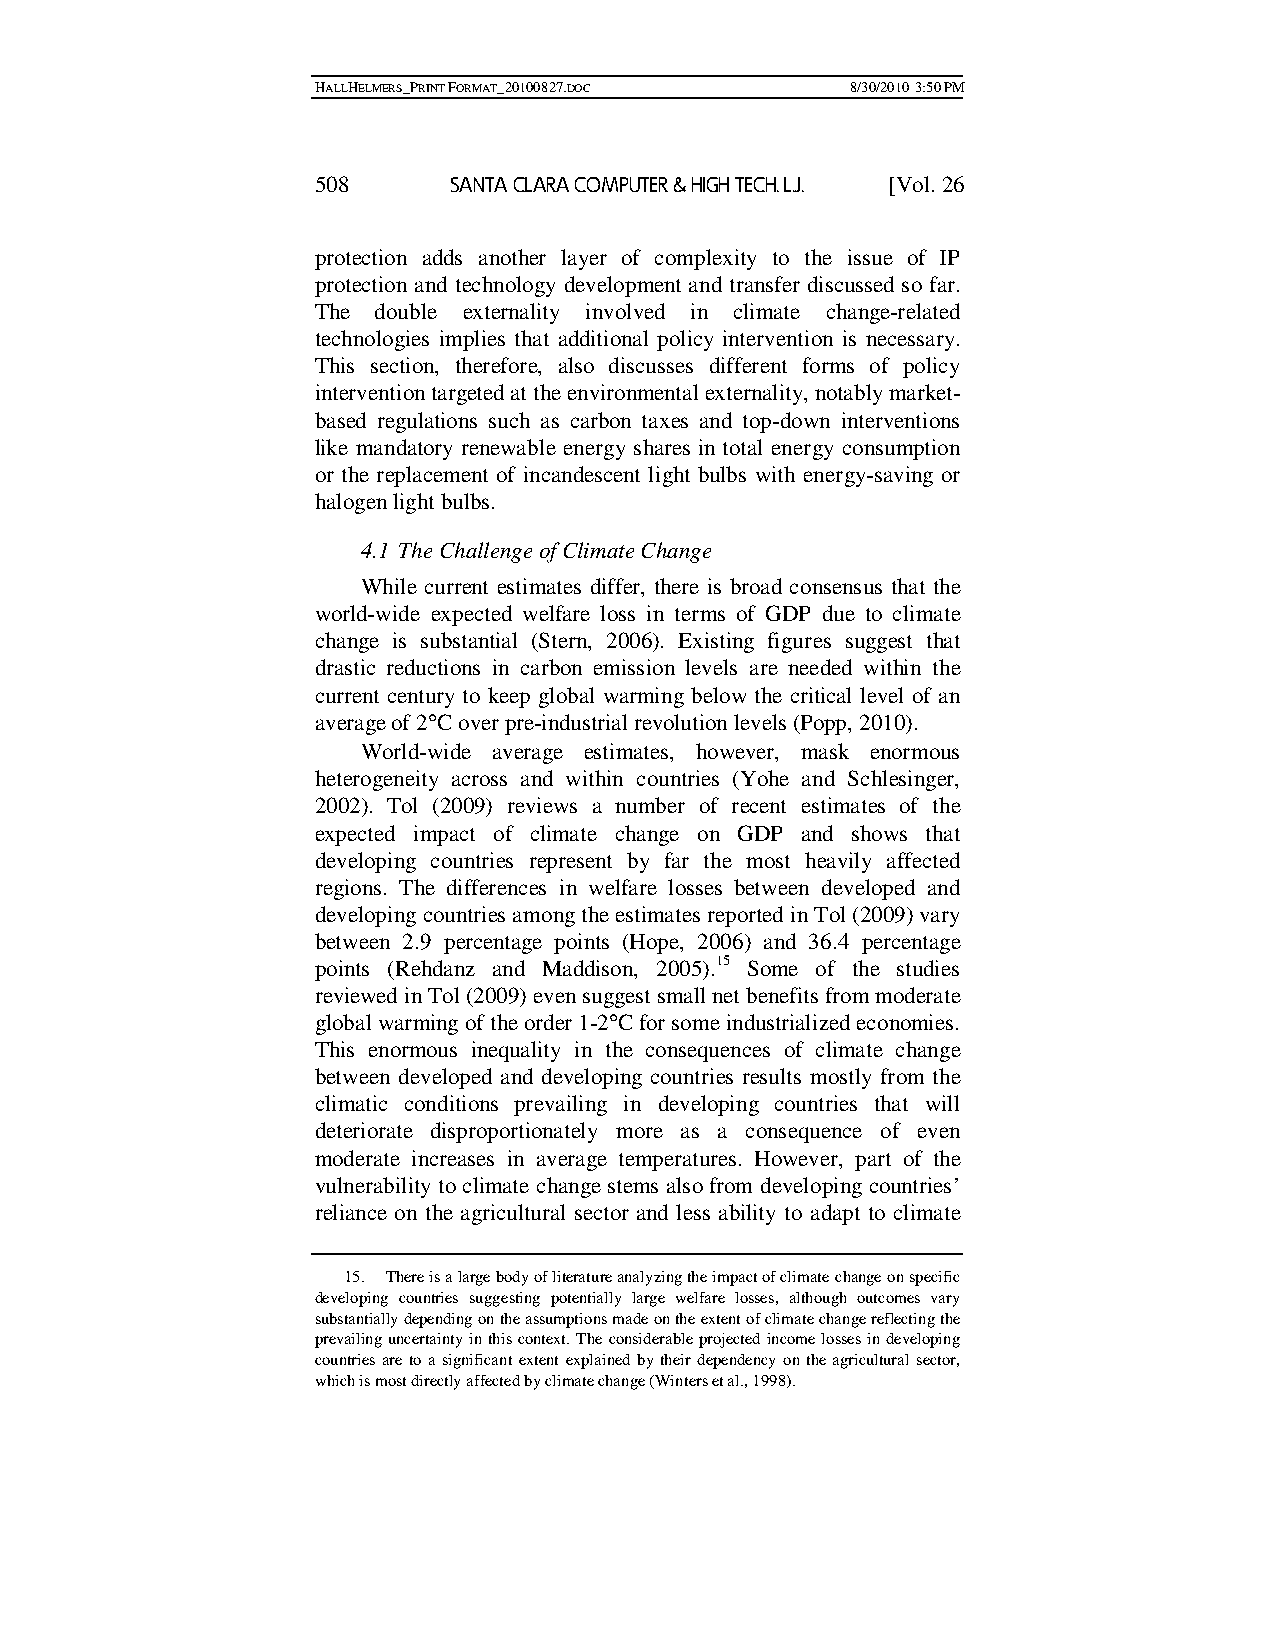
HALLHELMERS_PRINT FORMAT_20100827.DOC 8/30/2010 3:50 PM
 508      SANTA CLARA COMPUTER & HIGH TECH. L.J. [Vol. 26
 protection adds another layer of complexity to the issue of IP
 protection and technology development and transfer discussed so far.
 The double externality involved in climate change-related
 technologies implies that additional policy intervention is necessary.
 This section, therefore, also discusses different forms of policy
 intervention targeted at the environmental externality, notably market-
 based regulations such as carbon taxes and top-down interventions
 like mandatory renewable energy shares in total energy consumption
 or the replacement of incandescent light bulbs with energy-saving or
 halogen light bulbs.
 4.1 The Challenge of Climate Change
 While current estimates differ, there is broad consensus that the
 world-wide expected welfare loss in terms of GDP due to climate
 change is substantial (Stern, 2006). Existing figures suggest that
 drastic reductions in carbon emission levels are needed within the
 current century to keep global warming below the critical level of an
 average of 2°C over pre-industrial revolution levels (Popp, 2010).
 World-wide average estimates, however, mask enormous
 heterogeneity across and within countries (Yohe and Schlesinger,
 2002). Tol (2009) reviews a number of recent estimates of the
 expected impact of climate change on GDP and shows that
 developing countries represent by far the most heavily affected
 regions. The differences in welfare losses between developed and
 developing countries among the estimates reported in Tol (2009) vary
 between 2.9 percentage points (Hope, 2006) and 36.4 percentage
 points (Rehdanz and Maddison, 2005).15 Some of the studies
 reviewed in Tol (2009) even suggest small net benefits from moderate
 global warming of the order 1-2°C for some industrialized economies.
 This enormous inequality in the consequences of climate change
 between developed and developing countries results mostly from the
 climatic conditions prevailing in developing countries that will
 deteriorate disproportionately more as a consequence of even
 moderate increases in average temperatures. However, part of the
 vulnerability to climate change stems also from developing countries’
 reliance on the agricultural sector and less ability to adapt to climate
 15. There is a large body of literature analyzing the impact of climate change on specific
 developing countries suggesting potentially large welfare losses, although outcomes vary
 substantially depending on the assumptions made on the extent of climate change reflecting the
 prevailing uncertainty in this context. The considerable projected income losses in developing
 countries are to a significant extent explained by their dependency on the agricultural sector,
 which is most directly affected by climate change (Winters et al., 1998).